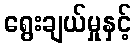
ရွေးချယ်မှုနှင့်